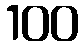
100